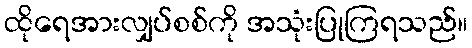
ထိုရေအားလျှပ်စစ်ကို အသုံးပြုကြရသည်။